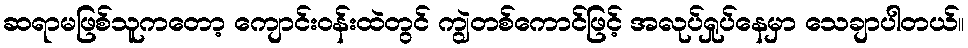
ဆရာမဖြစ်သူကတော့ ကျောင်းဝန်းထဲတွင် ကျွဲတစ်ကောင်ဖြင့် အလုပ်ရှုပ်နေမှာ သေချာပါတယ်။